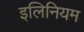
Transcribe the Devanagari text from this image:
इलिनियम